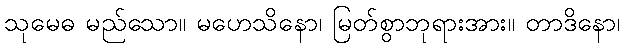
သုမေဓ မည်သော။ မဟေသိနော၊ မြတ်စွာဘုရားအား။ တာဒိနော၊